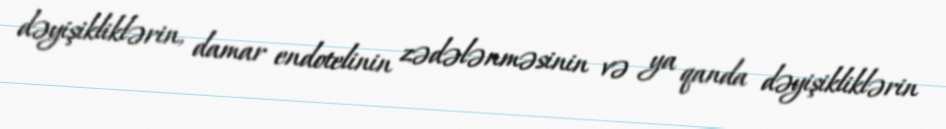
dəyişikliklərin, damar endotelinin zədələnməsinin və ya qanda dəyişikliklərin